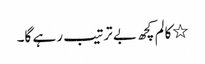
٭کالم کچھ بے ترتیب رہے گا۔